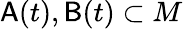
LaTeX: \mathsf{A}(t),\mathsf{B}(t)\subset M